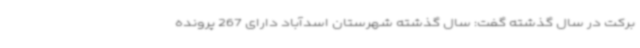
برکت در سال گذشته گفت: سال گذشته شهرستان اسدآباد دارای 267 پرونده